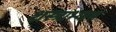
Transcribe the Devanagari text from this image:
शस्त्राभ्यास